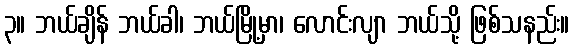
၃။ ဘယ်ချိန် ဘယ်ခါ၊ ဘယ်မြို့မှာ၊ လောင်းလျာ ဘယ်သို့ ဖြစ်သနည်း။